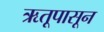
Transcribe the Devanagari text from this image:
ऋतूपासून